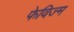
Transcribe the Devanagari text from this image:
फेविज्म